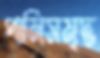
পানিসমৃদ্ধ